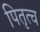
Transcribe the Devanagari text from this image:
पितृत्च